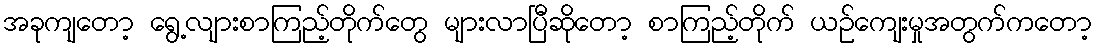
အခုကျတော့ ရွေ့လျားစာကြည့်တိုက်တွေ များလာပြီဆိုတော့ စာကြည့်တိုက် ယဉ်ကျေးမှုအတွက်ကတော့